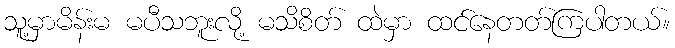
သူ့မှာမိန်းမ မပီသဘူးလို့ မသိစိတ် ထဲမှာ ထင်နေတတ်ကြပါတယ်။